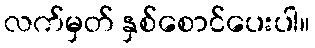
လက်မှတ် နှစ်စောင်ပေးပါ။